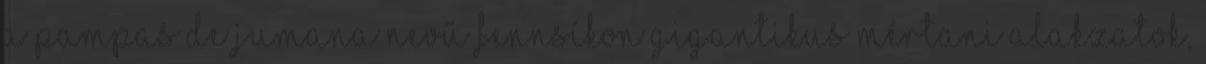
a Pampas de Jumana nevű fennsíkon gigantikus mértani alakzatok,